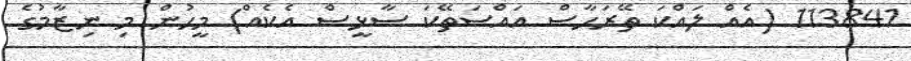
113841 (އެއް ލައްކަ ތޭރަހާސް އައްސަތޭކަ ސާޅީސް އެކެއް) މީހުން މި ނިޒާމުގެ